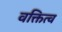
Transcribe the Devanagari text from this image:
वक्तित्व